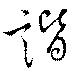
諧